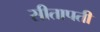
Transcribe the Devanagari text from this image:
सीतापती